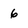
Character: 6